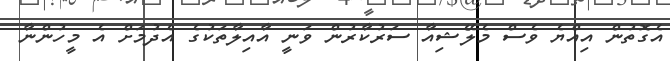
އެގޮތުން އިއްޔެ ވެސް މެލޭޝިއާ ސަރުކާރުން ވަނީ އާއިލާތަކުގެ އެދުމަށް އެ މީހުންނާ